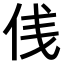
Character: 𠈙